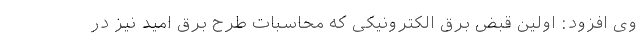
وی افزود: اولین قبض برق الکترونیکی که محاسبات طرح برق امید نیز در